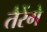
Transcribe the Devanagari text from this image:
तैरेंगे